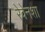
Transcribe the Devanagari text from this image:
रेवेनशा